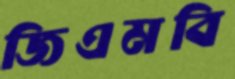
জিএমবি